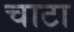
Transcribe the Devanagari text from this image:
चाटा